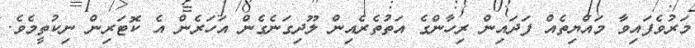
މަރުވެފައިވާ މައްޔިތެއް ފަދައިން ރިހާންގެ އަތުތެރެއިން ލޫދިގަނެގެން އަހަރެން އެ ކޮޓަރިން ނިކުތީމެވެ.